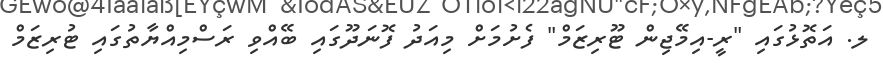
ލ. އަތޮޅުގައި "ރީ-އިމޭޖިން ޓޫރިޒަމް" ފެށުމަށް މިއަދު ފޮނަދޫގައި ބޭއްވި ރަސްމިއްޔާތުގައި ޓުރިޒަމް